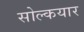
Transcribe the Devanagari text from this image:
सोल्कयार